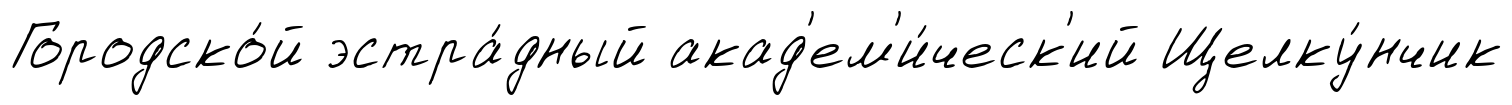
Городско́й эстра́дный акад'ем'и́ческ'ий Щелку́нчик